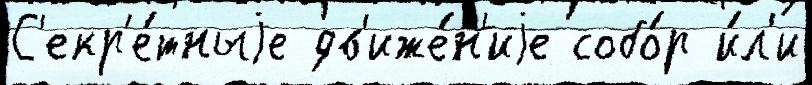
С'екр'е́тныjе дв'иже́н'иjе собо́р и́л'и